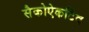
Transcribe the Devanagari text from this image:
सैकोऐकटिव